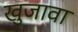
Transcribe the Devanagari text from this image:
खुजावा